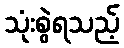
သုံးစွဲရသည့်